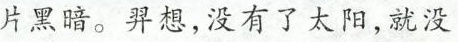
片黑暗。羿想，没有了太阳，就没